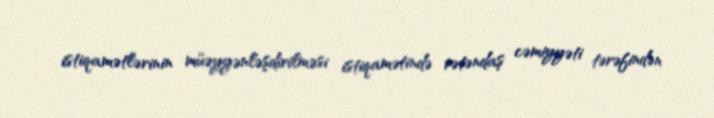
istiqamətlərinin müəyyənləşdirilməsi istiqamətində vətəndaş cəmiyyəti tərəfindən